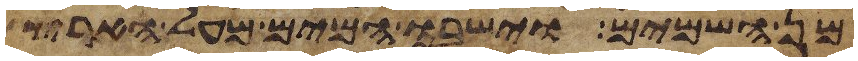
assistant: מן השמים וישבו המים מעל הארץ